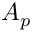
A _ { p }